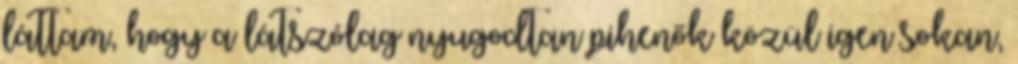
láttam, hogy a látszólag nyugodtan pihenők közül igen sokan,